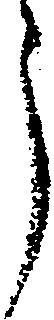
う